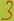
Text: 3